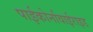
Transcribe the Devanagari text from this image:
पाईकोर्नावाईराइड